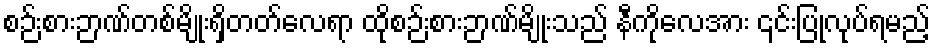
စဉ်းစားဉာဏ်တစ်မျိုးရှိတတ်လေရာ ထိုစဉ်းစားဉာဏ်မျိုးသည် နီကိုလေအား ၎င်းပြုလုပ်ရမည့်